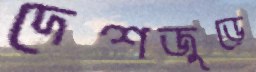
দেশজুড়ে